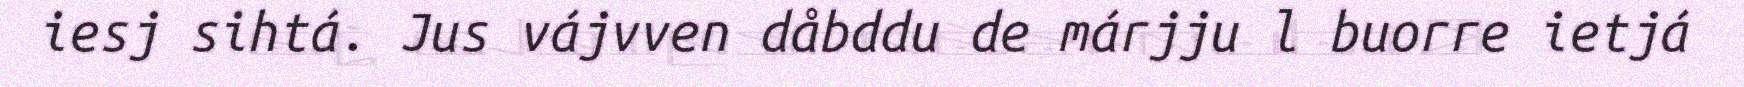
iesj sihtá. Jus vájvven dåbddu de márjju l buorre ietjá